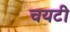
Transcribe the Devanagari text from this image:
चयटी